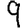
Digit: 9